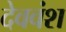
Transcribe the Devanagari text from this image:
देववंश